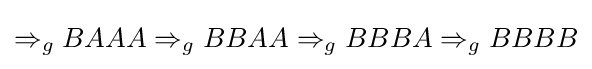
\Rightarrow _{g}BAAA\Rightarrow _{g}BBAA\Rightarrow _{g}BBBA\Rightarrow _{g}BBBB